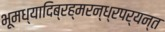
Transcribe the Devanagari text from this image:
भूमध्यादिब्रह्मरन्ध्रपर्यन्त